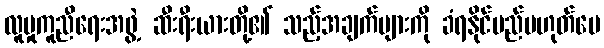
လူမှုကူညီရေးအဖွဲ့ ဆီးရီးယားတို့၏ သည့်အချက်များကို ခံရနိုင်မည်မဟုတ်ပေ